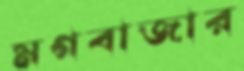
মগবাজার